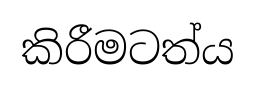
කිරීමටත්ය